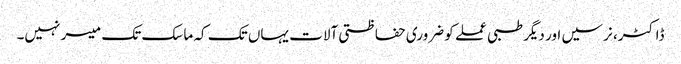
ڈاکٹر، نرسیں اور دیگر طبی عملے کو ضروری حفاظتی آلات یہاں تک کہ ماسک تک میسر نہیں۔